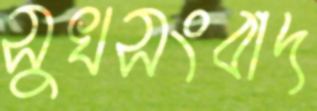
সুখসংবাদ